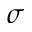
\sigma